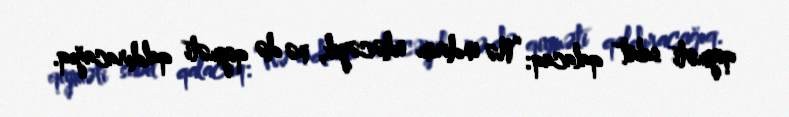
qiyməti sabit qalacaq: “Nə endirim edəcəyik, nə də qiyməti qaldıracağıq.